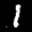
Label: 1